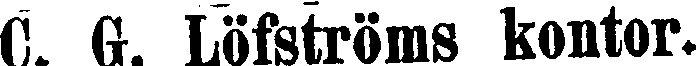
C. G. Löfströms kontor.